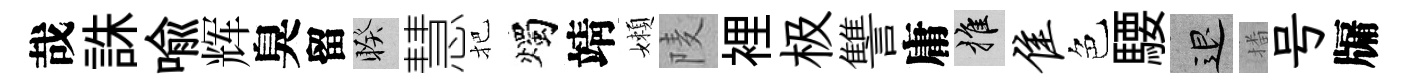
哉誅喩辉臭留睽慧把燭靖嬾𨹧裡极讐庸推隹色騕退播号牖